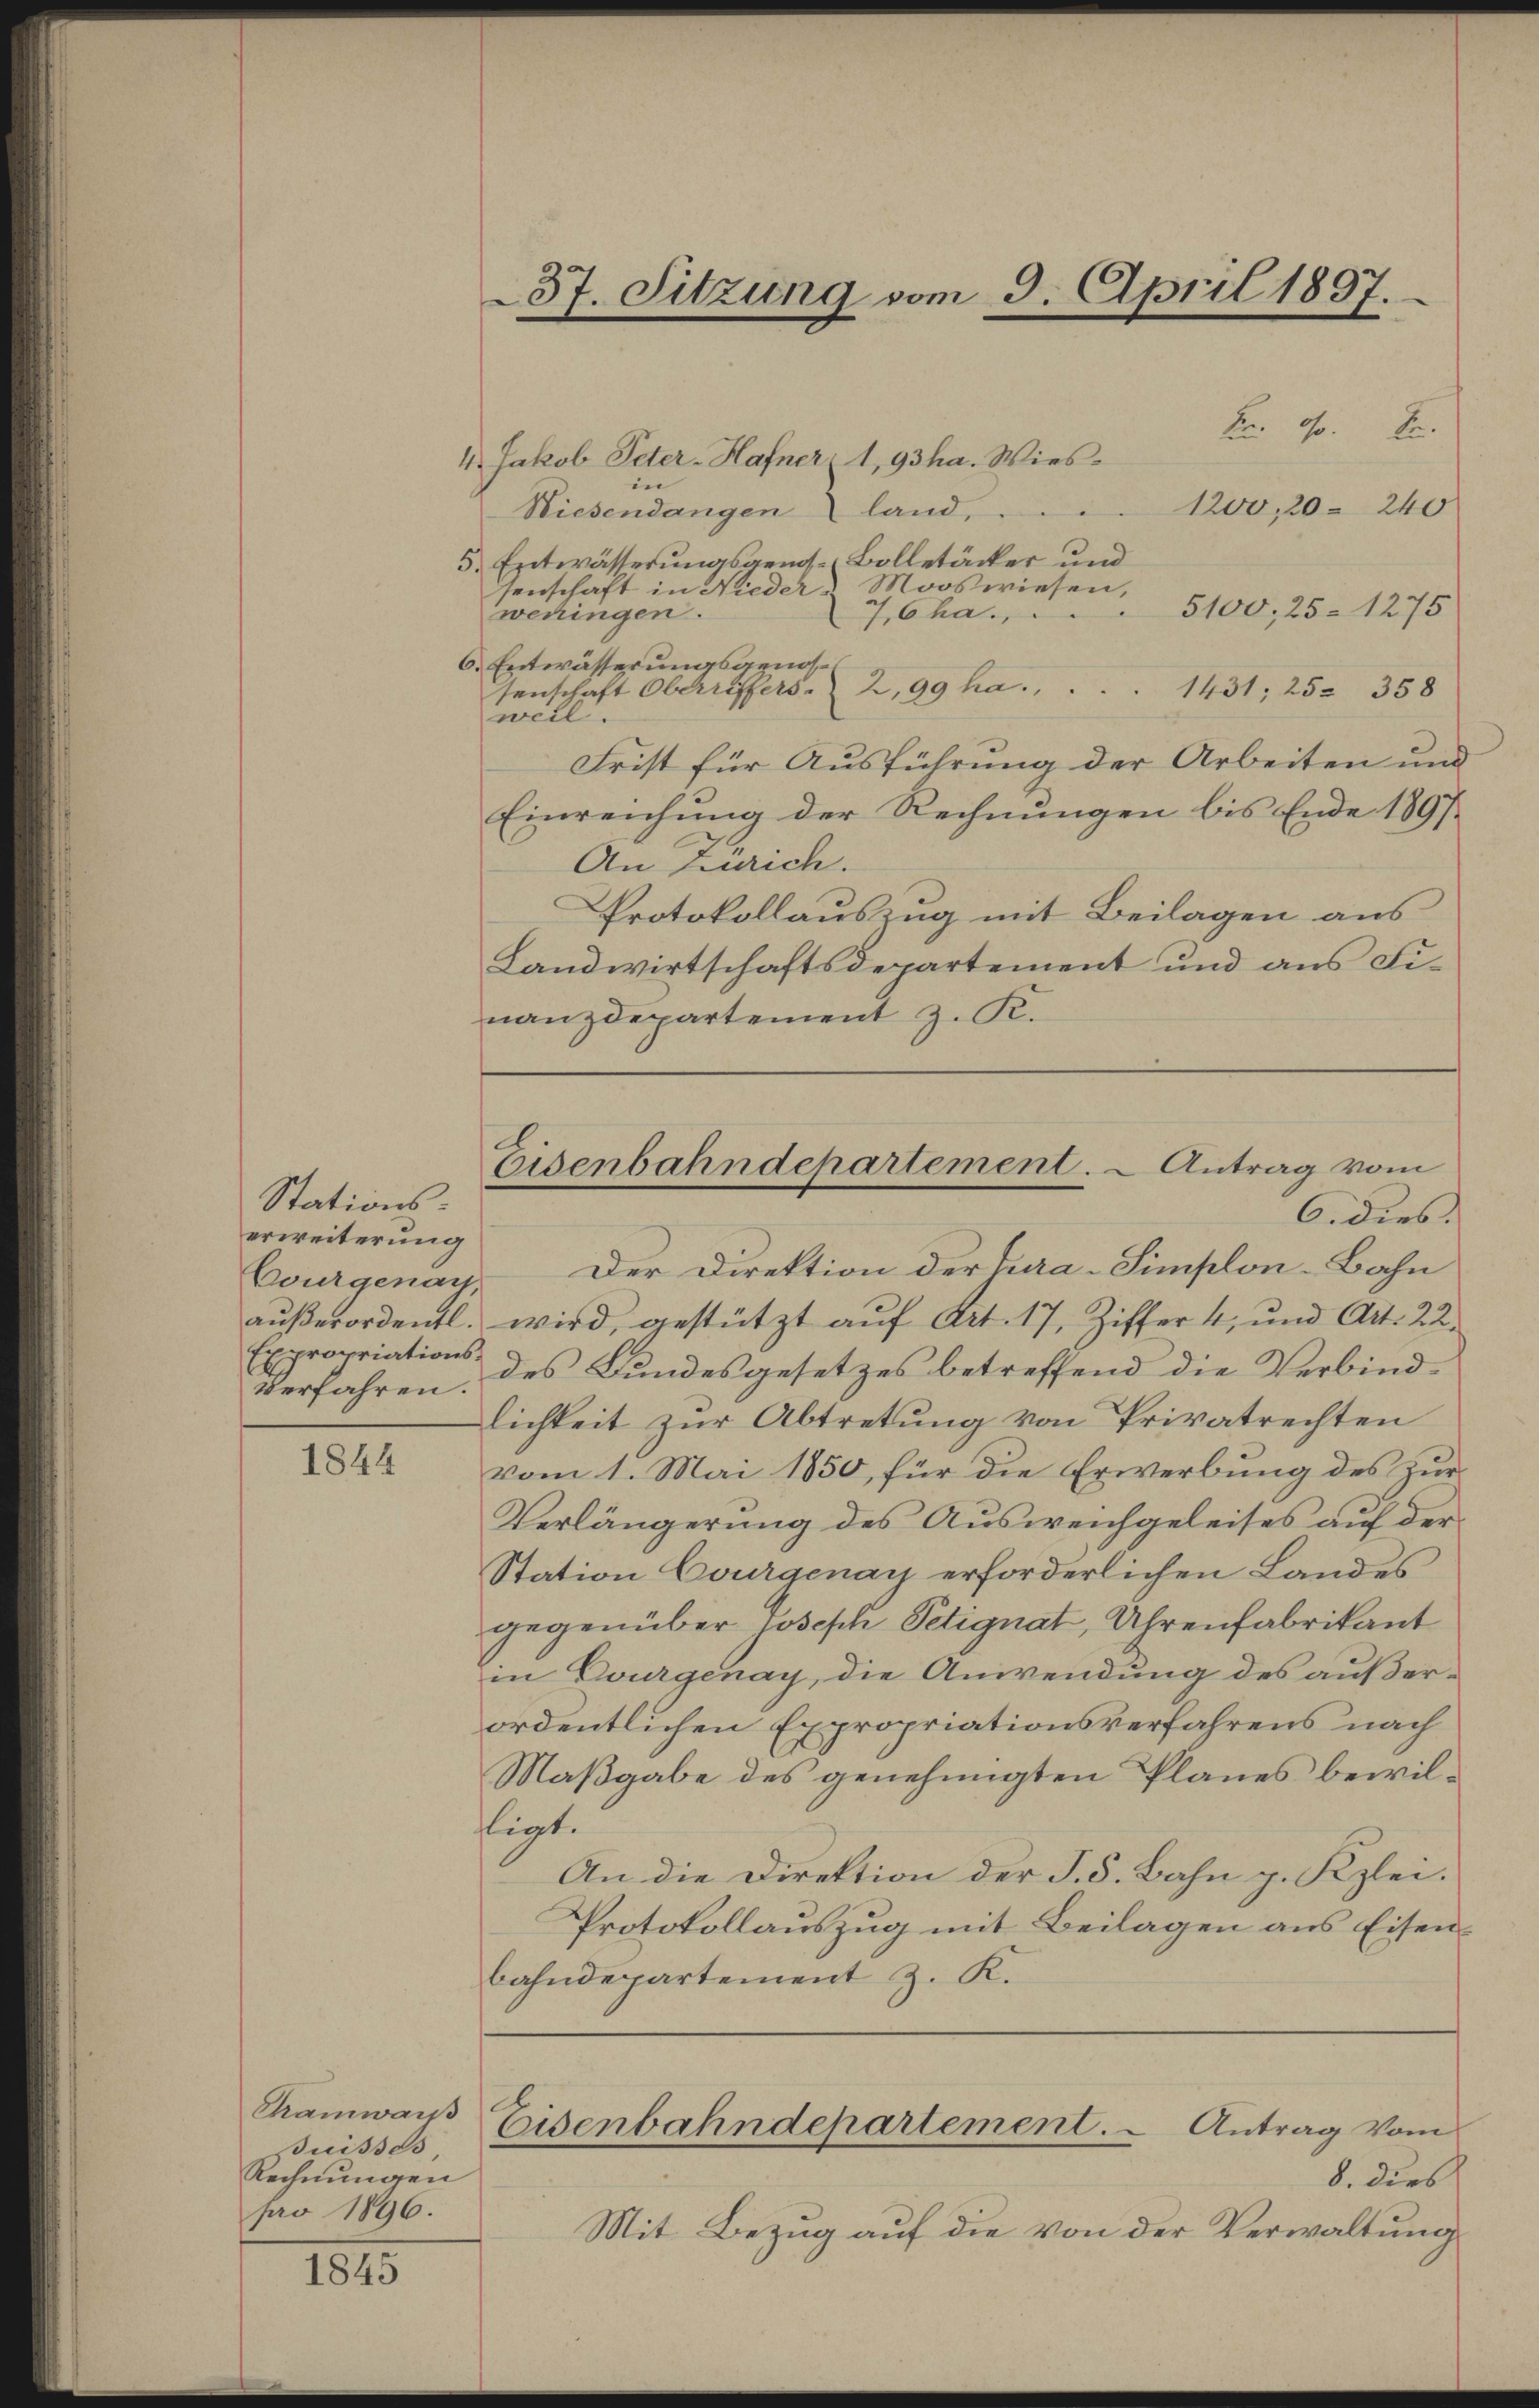
Stationserweiterung
Expropriations-

1844

Thamwais
uisses,
Rechnungen
pro 1896.

1845

37. Sitzung vom 9. April 1887.

kr. s. Be
4. Jakob Peter-Hafner 1,93ha. Wiesin
1200, 20. 240
Wiesendangen land,
.
5. Entwässerungsgem. Bolletäcker und
Mooswiesen,
senschaft in Nieder¬
7Cha.     5100, 25. 1275
weningen.
6. Entwässerungsgenossenschaft Oberriffers. 2,99 ha.
1431, 25. 358
will.
Frist für Ausführung der Arbeiten und
Einreichung der Rechnungen bis Ende 1897
An Zürich.
Protokollauszug mit Beilagen aus
Landwirtschaftsdepartement und aus Finanzdepartement z. K.

Courgenau. Der Direktion der Cura-Simplon-Bahn
aŭβerordentl. wird, gestützt aŭf Art. 17, Ziffer 4, und Art. 22.
Verfahren. Des Bundesgesetzes betreffend die Verbindlichkeit zŭr Abtretung von Privatrechten
vom 1. Mai 1850, für die Erwerbung des Zur
Verlängerung des Ausweichgeleises auf der
Station Courgenay erforderlichen Landes
gegenüber Joseph Petignat, Uhrenfabrikant
in Dourgenay, die Anwendung des außerordentlichen Expropriationsverfahrens nach
Maßgabe des genehmigten Planes bewilftigt.
An die Direktion der S. 8. Bahn p. Kzlei.
Protokollauszug mit Beilagen aus Eisenbahndepartement z. K.
Eisenbahndepartement. Antrag vom
8. dies
Mit Bezug auf die von der Verwaltung

Eisenbahndepartement. - Antrag vom
6. dies.